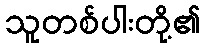
သူတစ်ပါးတို့၏